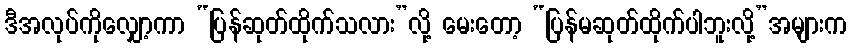
ဒီအလုပ်ကိုလျှော့ကာ “ပြန်ဆုတ်ထိုက်သလား”လို့ မေးတော့ “ပြန်မဆုတ်ထိုက်ပါဘူးလို့”အများက